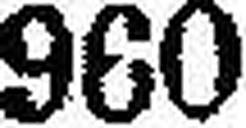
960